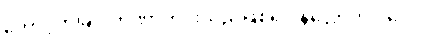
တောင့်တခြင်းတဏှာကင်းသည်ဖြစ်၍။ နိလ္လောဘပါပေါ၊